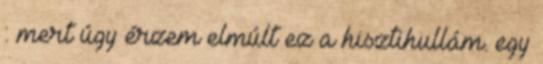
: mert úgy érzem elmúlt ez a hisztihullám. egy